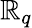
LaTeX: \mathbb{R}_{q}